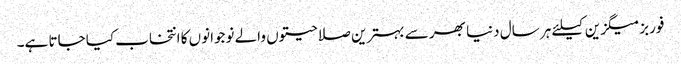
فوربز میگزین کیلئے ہر سال دنیا بھر سے بہترین صلاحیتوں والے نوجوانوں کا انتخاب کیا جاتا ہے۔